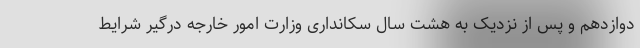
دوازدهم و پس از نزدیک به هشت سال سکانداری وزارت امور خارجه درگیر شرایط